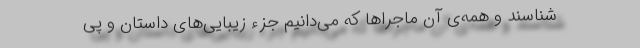
‌شناسند و همه‌ی آن ماجراها که می‌دانیم جزء زیبایی‌های داستان و پی